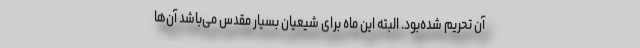
آن تحریم شده‌بود. البته این ماه برای شیعیان بسیار مقدس می‌باشد آن‌ها